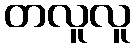
တလူလူ